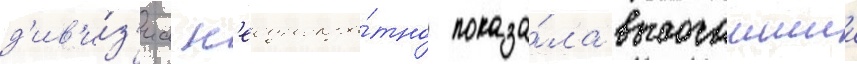
д'ив'и́з'иа н'еоднокра́тно показа́ла высочаишии